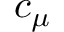
c _ { \mu }